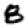
Digit: 8